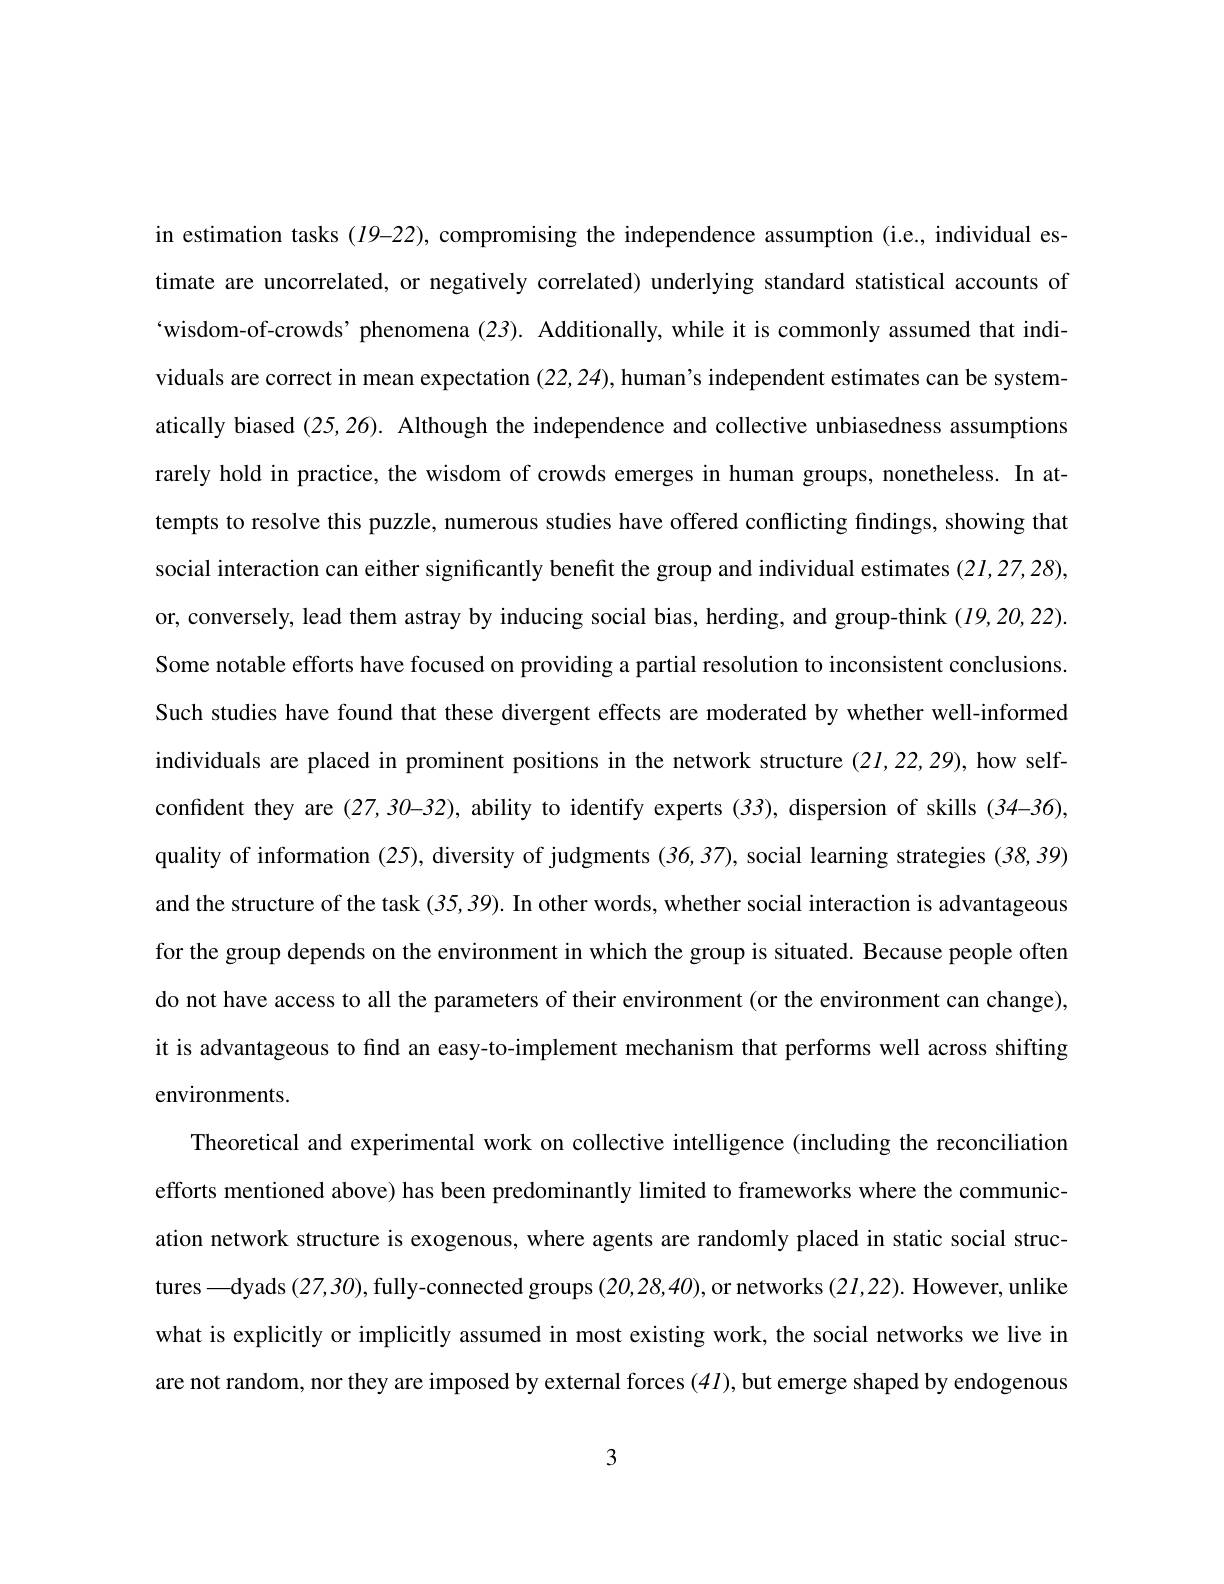
in estimation tasks ($I$9-22), compromising the independence assumption (i.e., individual estimate are uncorrelated, or negatively correlated) underlying standard statistical accounts of 'wisdom-of-crowds’phenomena (23). Additionally, while it is commonly assumed that individuals are correct in mean expectation (22,24),human's independent estimates can be systematically biased (25,26). Although the independence and collective unbiasedness assumptions rarely hold in practice, the wisdom of crowds emerges in human groups, nonetheless. In attempts to resolve thıs puzzle, numerous studıes have oftered conHıctıng fındıngs, showıng that social interaction can either significantly benefit the group and individual estimates (21,27,28), or, conversely, lead them astray by inducing social bias, herding, and group-think $(I9,20,22).$ Some notable efforts have focused on providing a partial resolution to inconsistent conclusions Such studies have found that these divergent effects are moderated by whether well-informed individuals are placed in prominent positions in the network structure (21,22,29), how selfconfident they are (27,30-32), ability to identify experts (33), dispersion of skills (34-36), quality of information (25), diversity of judgments (36,37), social learning strategies (38,39) and the structure of the task (35,39). In other words, whether social interaction is advantageous for the group depends on the environment in which the group is situated. Because people often do not have access to all the parameters of their environment (or the environment can change), it is advantageous to find an easy-to-implement mechanism that performs well across shifting environments.
Theoretical and experimental work on collective intelligence (including the reconciliation efforts mentioned above) has been predominantly limited to frameworks where the communication network structure is exogenous, where agents are randomly placed in static social structures—dyads (27,30), fully-connected groups (20,28,40), or networks (21,22). However, unlike what is explicitly or implicitly assumed in most existing work, the social networks we live in are not random, nor they are imposed by external forces $(4I)$, but emerge shaped by endogenous

3